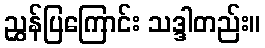
ညွှန်ပြကြောင်း သဒ္ဒါတည်း။